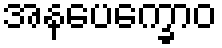
အနပေက္ခောဝ